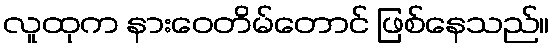
လူထုက နားဝေတိမ်တောင် ဖြစ်နေသည်။